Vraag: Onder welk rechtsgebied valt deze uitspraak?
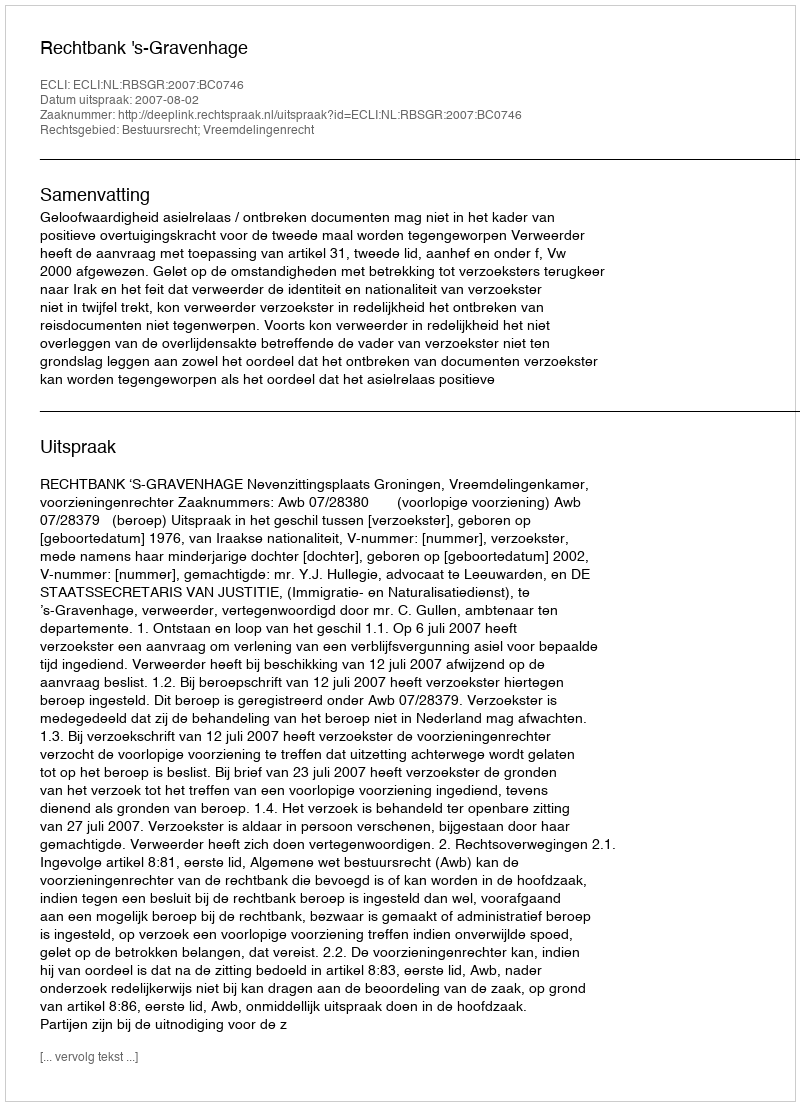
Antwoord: Bestuursrecht; Vreemdelingenrecht